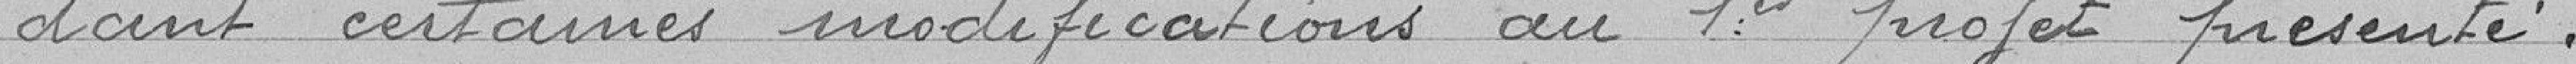
dant certaines modifications au 1er projet présente.